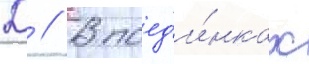
Д // В поед'и́нках